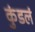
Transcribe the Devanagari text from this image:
कुंडलं